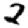
Digit: 2